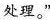
处理。”